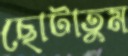
ছোটাতুম